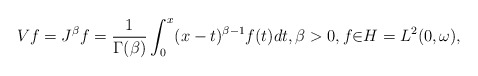
\begin{align*}Vf=J^{\beta}f=\frac{1}{\Gamma(\beta)}\int_{0}^{x}(x-t)^{\beta-1}f(t)dt,\beta>0,f{\in}H=L^{2}(0,\omega),\end{align*}